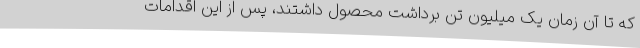
که تا آن زمان یک میلیون تن برداشت محصول داشتند، پس از این اقدامات